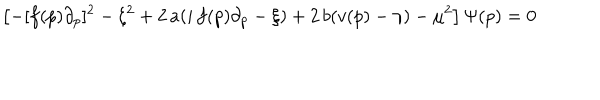
\left[ - [ f ( p ) \partial _ { p } ] ^ { 2 } - \xi ^ { 2 } + 2 \, a ( i \, f ( p ) \partial _ { p } - \xi ) + 2 \, b ( v ( p ) - \gamma ) - \mu ^ { 2 } \right] \Psi ( p ) = 0